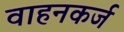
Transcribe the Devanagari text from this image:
वाहनकर्ज